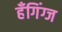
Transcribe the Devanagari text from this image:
हँगिंग्ज